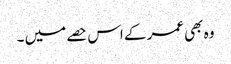
وہ بھی عمر کے اس حصے میں ۔